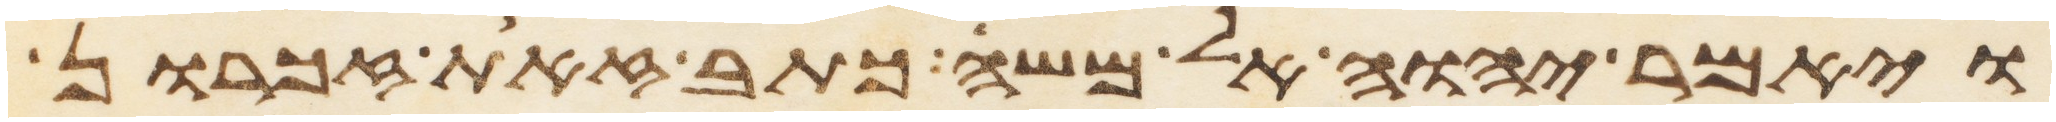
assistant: ויאמר יהוה אל משה כתב זאת זכרון